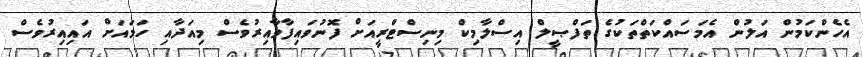
އެހެންކަމުން އަލުން އެމަސައްކަތްތަކުގެ ތަފްޞީލް އިސްލާމިކް މިނިސްޓްރީއަށް ފޮނުވައިފާވާއިރުވެސް މިއަދާއި ހަމައަށް އައިއިރުވެސް